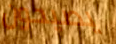
يصيحون